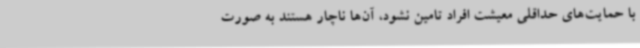
با حمایت‌های حداقلی معیشت افراد تامین نشود، آن‌ها ناچار هستند به صورت